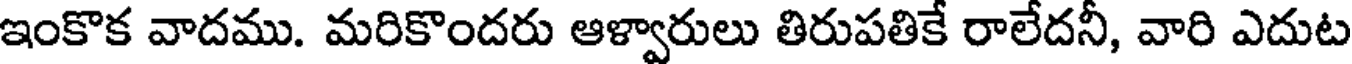
ఇంకొక వాదము. మరికొందరు ఆళ్వారులు తిరుపతికే రాలేదనీ, వారి ఎదుట